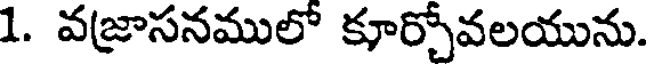
1. వజ్రాసనములో కూర్చోవలయును.